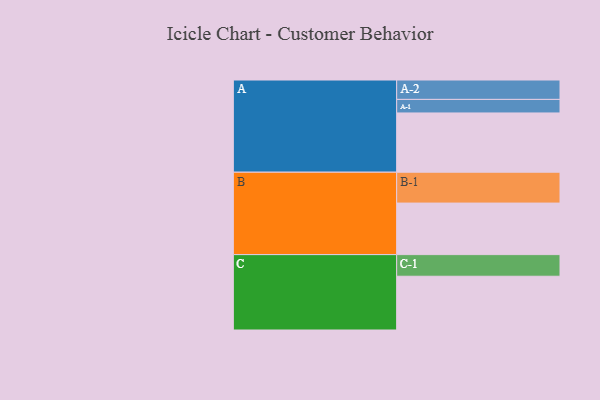
{"axis": {"x": "Segment", "y": "Value"}, "legend": ["", "A", "B", "C"], "data": [{"x": "A", "y": 507, "type": ""}, {"x": "B", "y": 441, "type": ""}, {"x": "C", "y": 460, "type": ""}, {"x": "A-1", "y": 116, "type": "A"}, {"x": "A-2", "y": 166, "type": "A"}, {"x": "B-1", "y": 264, "type": "B"}, {"x": "C-1", "y": 185, "type": "C"}]}